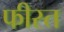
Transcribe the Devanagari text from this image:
फीस्त